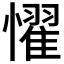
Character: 𢣷